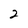
Character: 2